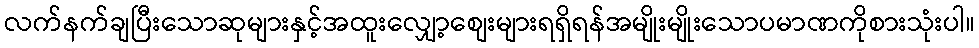
လက်နက်ချပြီးသောဆုများနှင့်အထူးလျှော့စျေးများရရှိရန်အမျိုးမျိုးသောပမာဏကိုစားသုံးပါ။